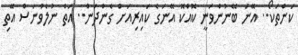
ކަންތަކޯ.. އޭނަ ބޭނުންވަނީ ކޮއްކޮ އޭނަގެ ކައިރިއަށް ގެންދަން.. އަތް ނުލެވުނަސް އޭތި